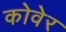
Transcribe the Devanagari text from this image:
कोवेर